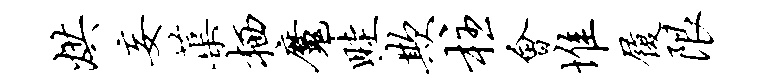
烘妄蕖栖魔畦欺柱会堆履限